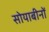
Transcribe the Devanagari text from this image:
सोयाबीनों